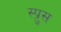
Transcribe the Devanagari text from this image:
स्प्रुस